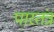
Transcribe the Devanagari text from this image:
पारतंत्र